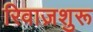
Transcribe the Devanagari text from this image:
रिवाज़शुरू